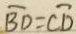
\overline { B D } = \overline { C D }